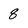
Character: 8